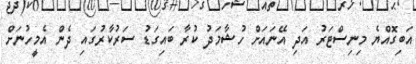
އަބިގޮއްޔެ މިނިސްޓަރު އަދި އޭނައަށް ހުޝާމަދު ކުރާ ބައިގަޑު ސަރުކާރުގައި ދެން އެމީހުނަށް